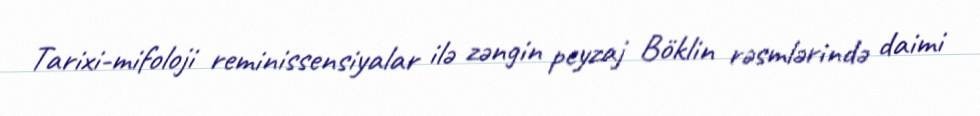
Tarixi-mifoloji reminissensiyalar ilə zəngin peyzaj Böklin rəsmlərində daimi